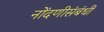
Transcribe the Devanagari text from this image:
नोंदणीसंबंधी